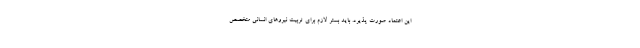
این اعتماد صورت پذیرد. باید بستر لازم برای تربیت نیروهای انسانی متخصص